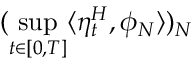
( \operatorname* { s u p } _ { t \in [ 0 , T ] } \langle \eta _ { t } ^ { H } , \phi _ { N } \rangle ) _ { N }